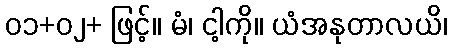
၀၁+၀၂+ ဖြင့်။ မံ၊ ငါ့ကို။ ယံအနုတာလယိ၊